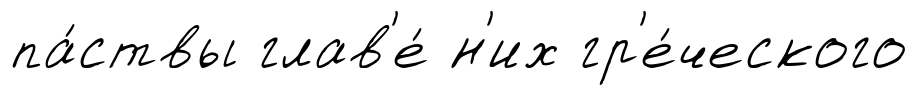
па́ствы глав'е́ н'их гр'е́ческого